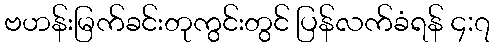
ဗဟန်းမြက်ခင်းတုကွင်းတွင် ပြန်လက်ခံရန် ၄:၇